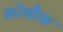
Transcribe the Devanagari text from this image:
कोबौक